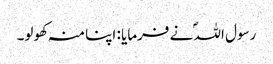
رسول اللہؐ نے فرمایا : اپنا منہ کھولو۔